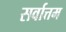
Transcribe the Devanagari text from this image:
सर्वात्तम